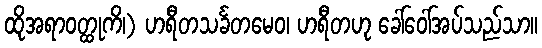
ထိုအရာဝတ္ထုကိ၊) ဟရီတသင်္ခတမေဝ၊ ဟရီတဟု ခေါ်ဝေါ်အပ်သည်သာ။